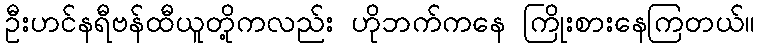
ဦးဟင်နရီဗန်ထီယူတို့ကလည်း ဟိုဘက်ကနေ ကြိုးစားနေကြတယ်။